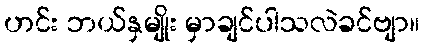
ဟင်း ဘယ်နှမျိုး မှာချင်ပါသလဲခင်ဗျာ။